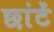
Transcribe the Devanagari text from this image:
छांटें